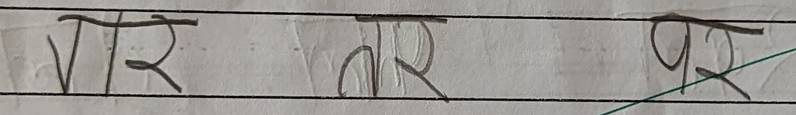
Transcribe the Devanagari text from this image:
वर तर पर